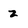
Character: z